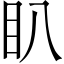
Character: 𭾘